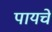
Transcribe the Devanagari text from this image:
पायचे